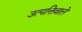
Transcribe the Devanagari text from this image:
उत्पत्तिवाले